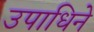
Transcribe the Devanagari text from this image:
उपाधिने